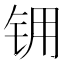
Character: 𮸂